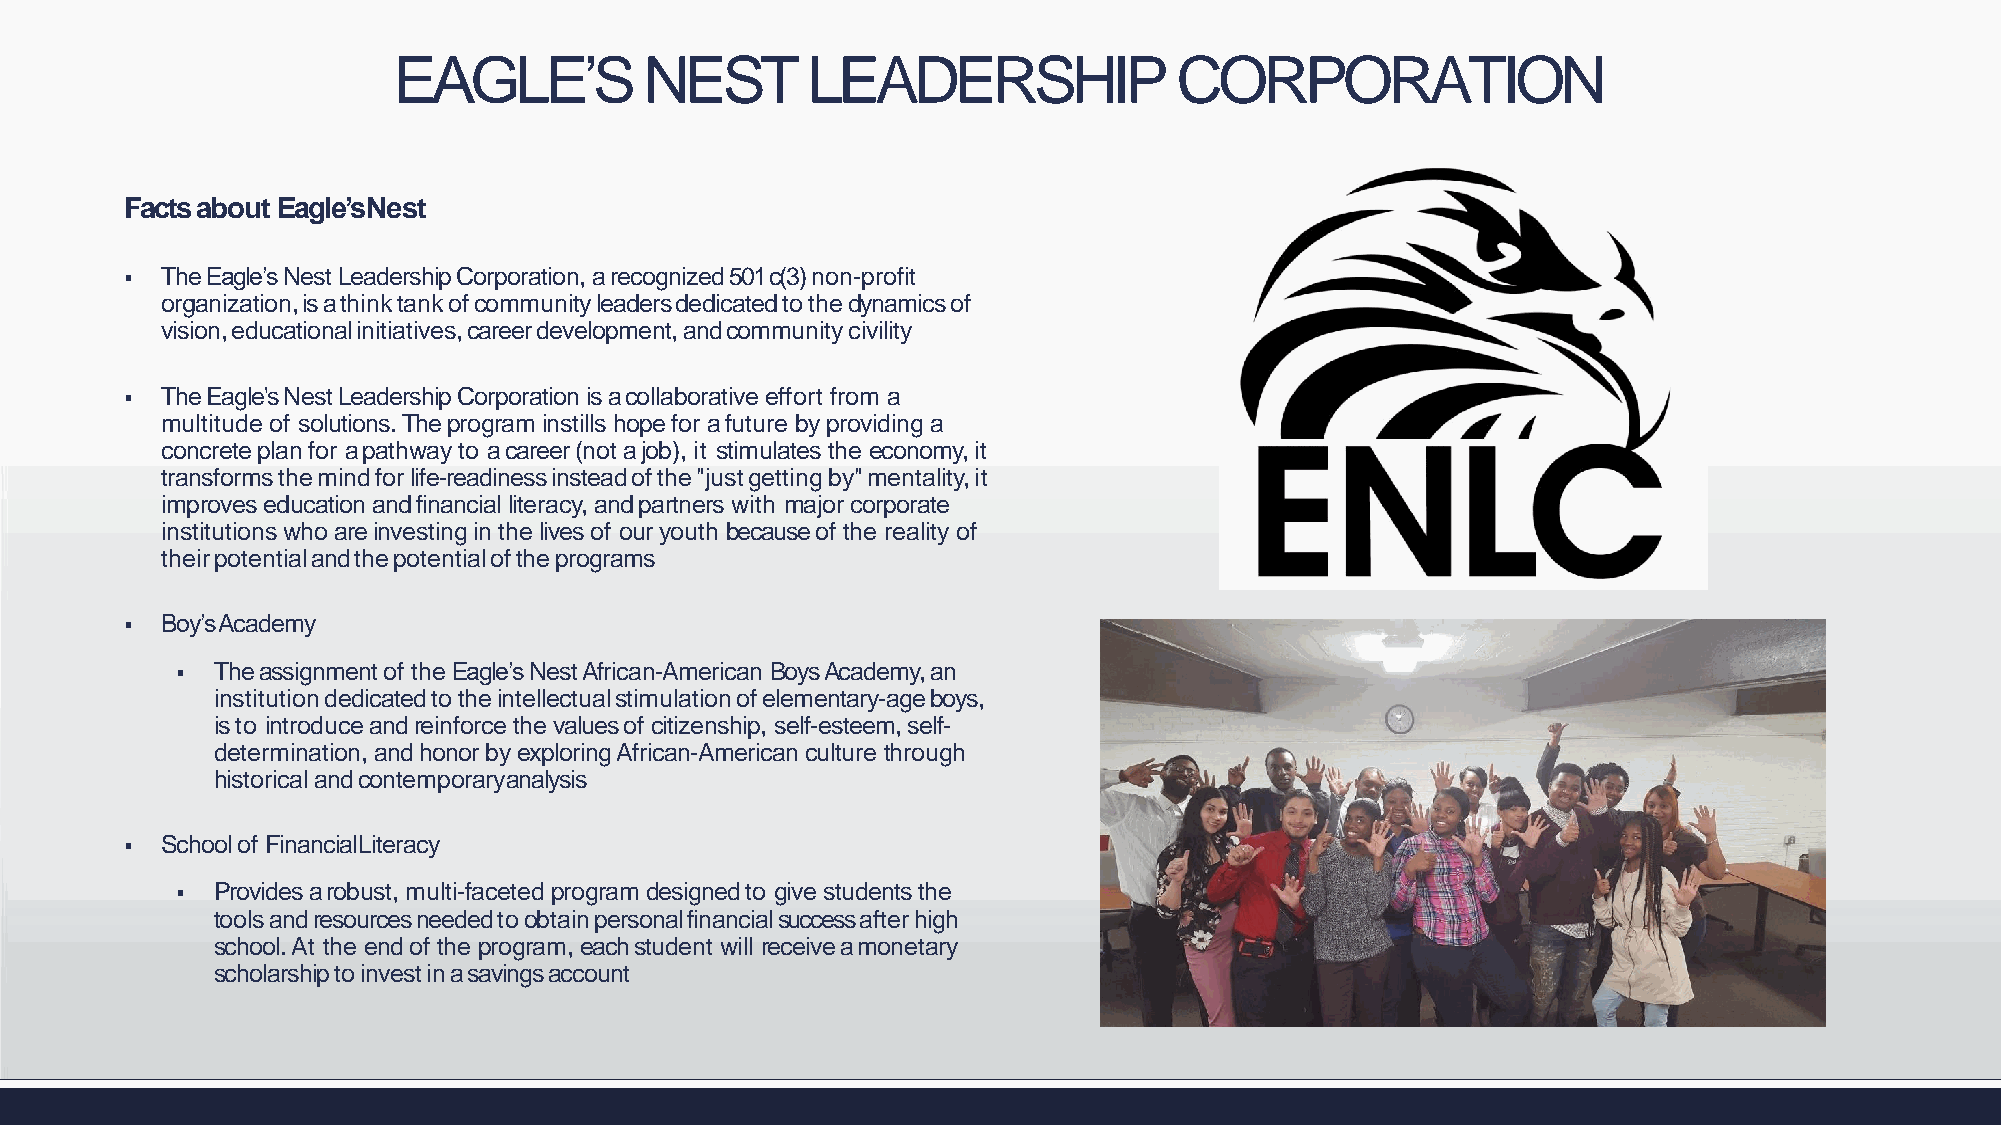
EAGLE’S          NEST      LEADERSHIP               CORPORATION
 Facts about Eagle’sNest
   The Eagle’s Nest Leadership Corporation, a recognized 501 c(3) non-profit
 organization,isathinktankofcommunityleadersdedicatedtothedynamicsof
 vision,educationalinitiatives,careerdevelopment,andcommunitycivility
   The Eagle's Nest Leadership Corporation is a collaborative effort from a
 multitude of solutions. The program instills hope for a future by providing a
 concrete plan for a pathway to a career (not a job), it stimulates the economy, it
 transformsthemindforlife-readinessinsteadofthe"justgettingby"mentality,it
 improves education and financial literacy, and partners with major corporate
 institutions who are investing in the lives of our youth because of the reality of
 theirpotentialandthepotentialoftheprograms
   Boy’sAcademy
  The assignment of the Eagle’s Nest African-American Boys Academy, an
 institutiondedicatedtotheintellectualstimulationofelementary-ageboys,
 is to introduce and reinforce the values of citizenship, self-esteem, self-
 determination, and honor by exploring African-American culture through
 historical and contemporaryanalysis
   School of FinancialLiteracy
  Provides a robust, multi-faceted program designed to give students the
 toolsandresourcesneededtoobtainpersonalfinancialsuccessafterhigh
 school. At the end of the program, each student will receive a monetary
 scholarshiptoinvestinasavingsaccount